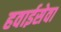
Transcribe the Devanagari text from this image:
हवाईसेवा